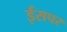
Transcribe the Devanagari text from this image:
ईसपर